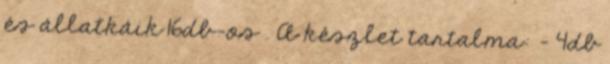
és állatkáik 16db-os . A készlet tartalma: - 4db